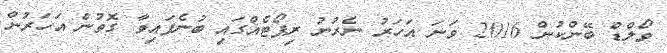
ވޯލްޑް ބޭންކުން 2016 ވަނަ އަހަރު ނެރުނު ރިޕޯޓެއްގައި ބުނެފައިވާ ގޮތުން އަހަރުން